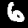
Digit: 6